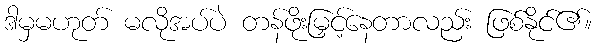
ဒါမှမဟုတ် မလိုအပ်ပဲ တန်ဖိုးမြှင့်နေတာလည်း ဖြစ်နိုင်၏။